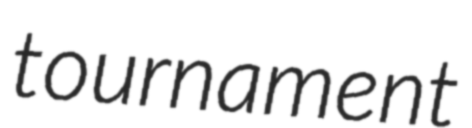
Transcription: tournament